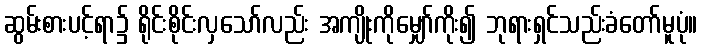
ဆွမ်းစားပင့်ရာ၌ ရိုင်းစိုင်းလှသော်လည်း အကျိုးကိုမျှော်ကိုး၍ ဘုရားရှင်သည်းခံတော်မူပုံ။